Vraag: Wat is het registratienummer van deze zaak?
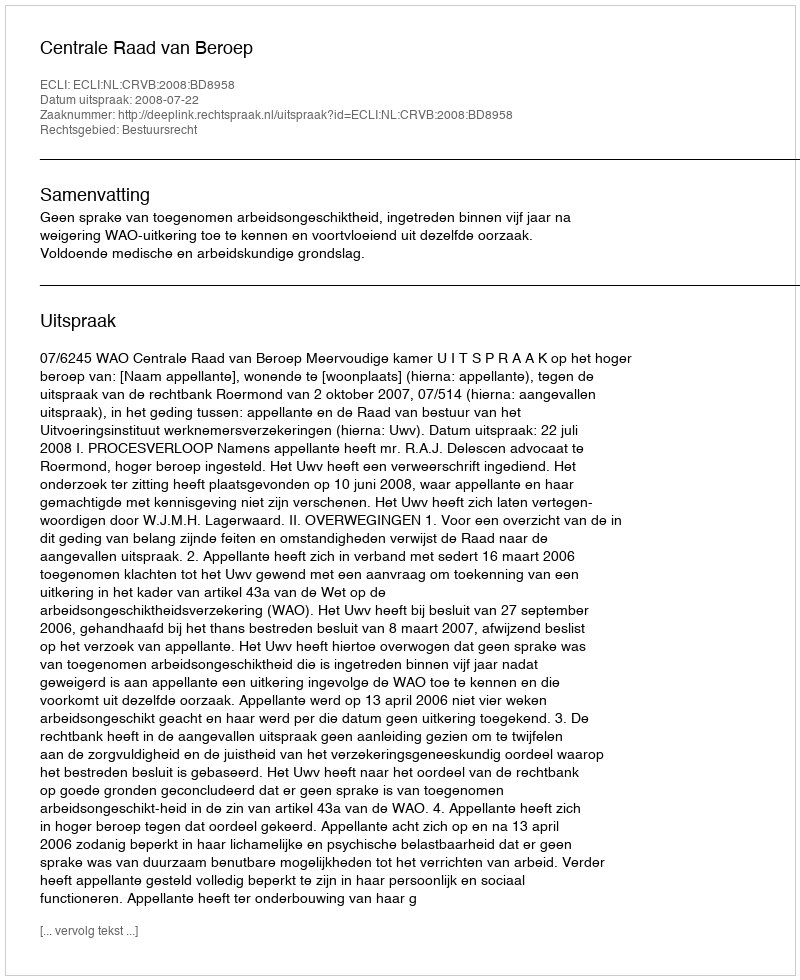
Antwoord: http://deeplink.rechtspraak.nl/uitspraak?id=ECLI:NL:CRVB:2008:BD8958